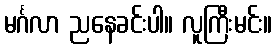
မင်္ဂလာ ညနေခင်းပါ။ လူကြီးမင်း။